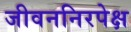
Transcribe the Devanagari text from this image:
जीवननिरपेक्ष